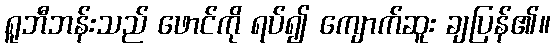
ရူဘီဘန်းသည် ဖောင်ကို ရပ်၍ ကျောက်ဆူး ချပြန်၏။